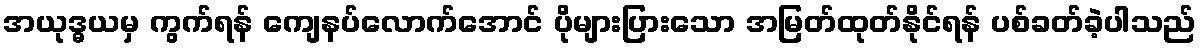
အယုဒ္ဓယမှ ကွက်ရန် ကျေနပ်လောက်အောင် ပိုများပြားသော အမြတ်ထုတ်နိုင်ရန် ပစ်ခတ်ခဲ့ပါသည်